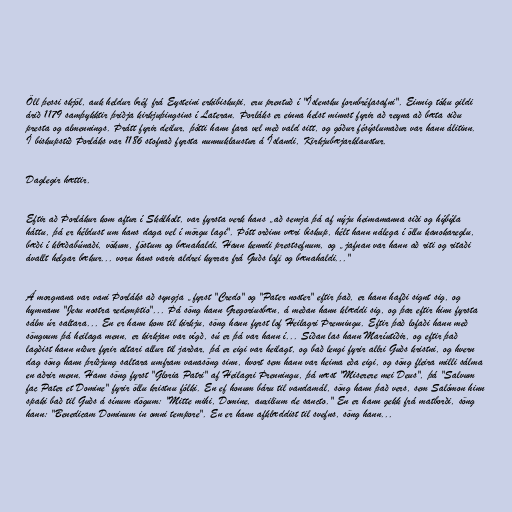
Öll þessi skjöl, auk heldur bréf frá Eysteini erkibiskupi, eru prentuð í "Íslensku fornbréfasafni". Einnig tóku gildi
árið 1179 samþykktir þriðja kirkjuþingsins í Lateran. Þorláks er einna helst minnst fyrir að reyna að bæta siðu
presta og almennings. Þrátt fyrir deilur, þótti hann fara vel með vald sitt, og góður fésýslumaður var hann álitinn.
Í biskupstíð Þorláks var 1186 stofnað fyrsta nunnuklaustur á Íslandi, Kirkjubæjarklaustur.

Daglegir hættir.

Eftir að Þorlákur kom aftur í Skálholt, var fyrsta verk hans „að semja þá af nýju heimamanna siði og hýbýla
háttu, þá er héldust um hans daga vel í mörgu lagi". Þótt orðinn væri biskup, hélt hann nálega í öllu kanokareglu,
bæði í klæðabúnaði, vökum, föstum og bænahaldi. Hann kenndi prestsefnum, og „jafnan var hann að riti og ritaði
ávallt helgar bækur... voru hans varir aldrei kyrrar frá Guðs lofi og bænahaldi..."

Á morgnana var vani Þorláks að syngja „fyrst "Credo" og "Pater noster" eftir það, er hann hafði signt sig, og
hymnann "Jesu nostra redemptio"... Þá söng hann Gregoriusbæn, á meðan hann klæddi sig, og þar eftir hinn fyrsta
sálm úr saltara... En er hann kom til kirkju, söng hann fyrst lof Heilagri Þrenningu. Eftir það lofaði hann með
söngvum þá heilaga menn, er kirkjan var vígð, sú er þá var hann í... Síðan las hann Maríutíðir, og eftir það
lagðist hann niður fyrir altari allur til jarðar, þá er eigi var heilagt, og bað lengi fyrir allri Guðs kristni, og hvern
dag söng hann þriðjung saltara umfram vanasöng sinn, hvort sem hann var heima eða eigi, og söng fleira milli sálma
en aðrir menn. Hann söng fyrst "Gloria Patri" af Heilagri Þrenningu, þá næst "Miserere mei Deus", þá "Salvum
fac Pater et Domine" fyrir öllu kristnu fólki. En ef honum báru til vandamál, söng hann það vers, sem Salómon hinn
spaki bað til Guðs á sínum dögum: "Mitte mihi, Domine, auxilium de sancto." En er hann gekk frá matborði, söng
hann: "Benedicam Dominum in omni tempore". En er hann afklæddist til svefns, söng hann...